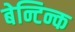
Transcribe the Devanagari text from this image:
बेन्टिन्क